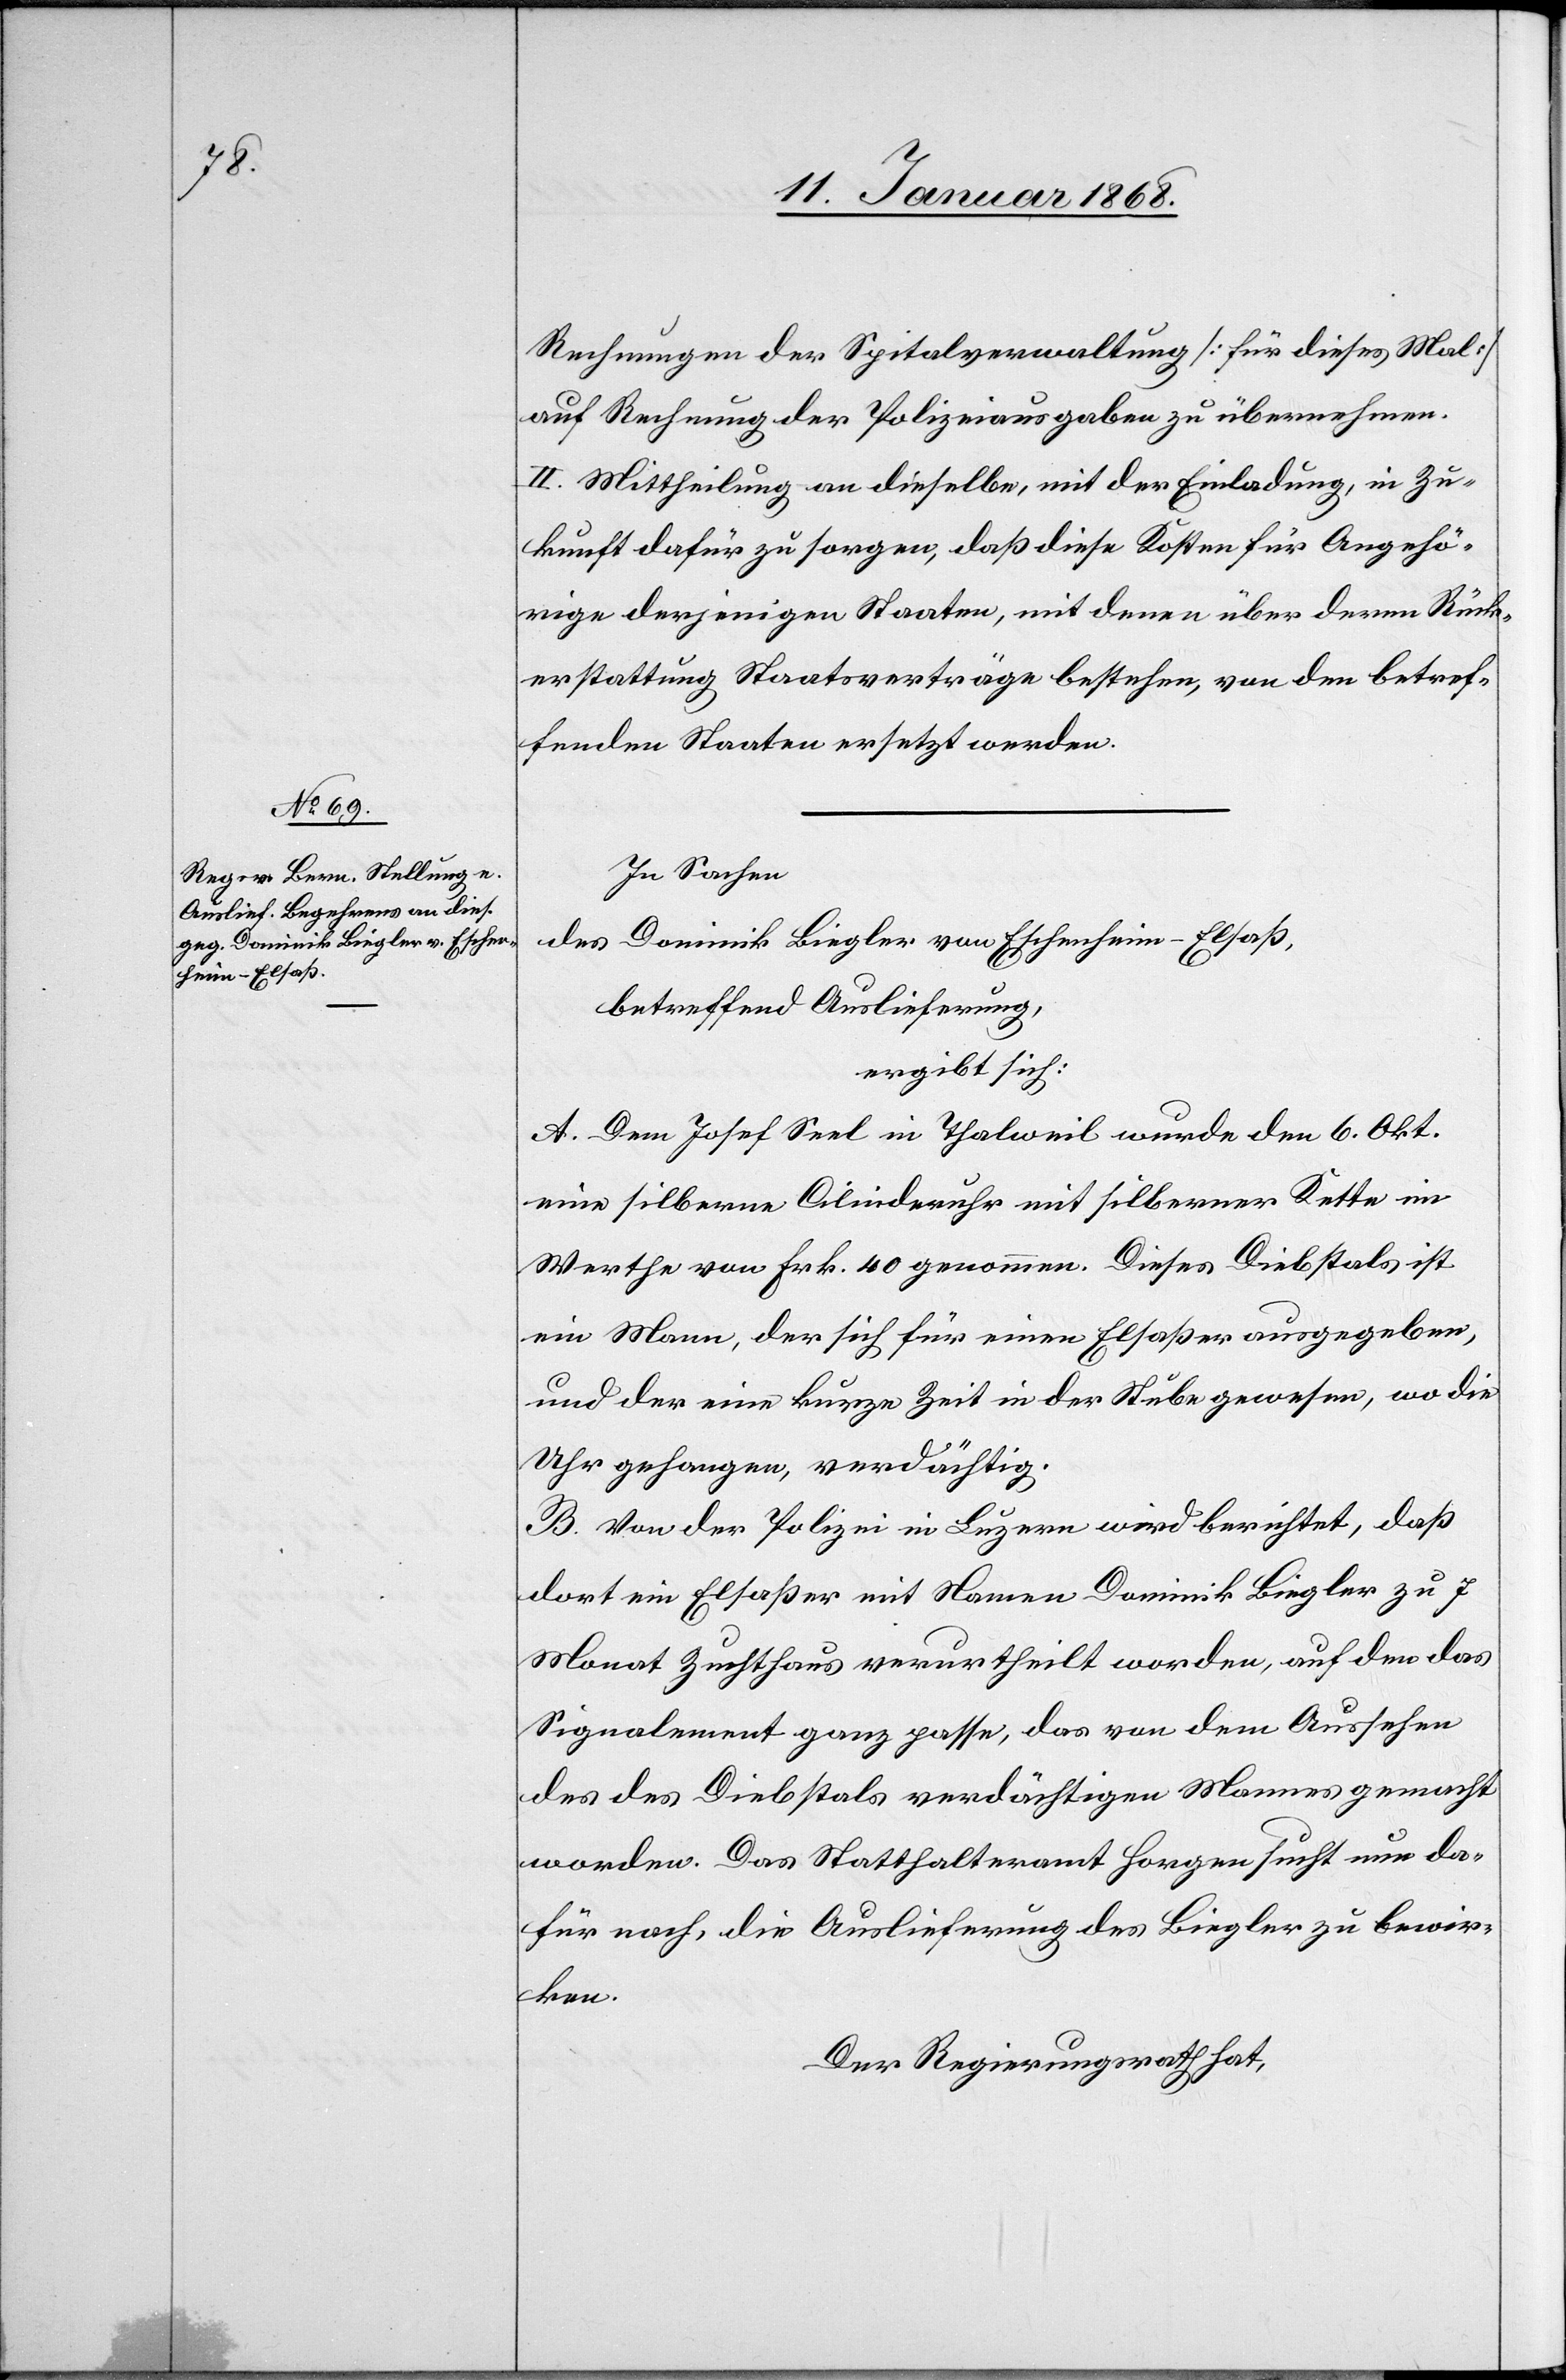
Rechnungen der Spitalverwaltung [für dieses Mal]
auf Rechnung der Polizeiausgaben zu übernehmen.
II. Mittheilung an dieselbe, mit der Einladung, in Zu¬
kunft dafür zu sorgen, daß diese Kosten für Angehö¬
rige derjenigen Staaten, mit denen über deren Rück¬
erstattung Staatsverträge bestehen, von den betref¬
fenden Staaten ersetzt werden.
In Sachen
des Dominik Biegler von Eschenheim-Elsaß,
betreffend Auslieferung,
ergibt sich:
A. Dem Josef Seel in Thalweil wurde den 6. Okt.
eine silberne Cilinderuhr mit silberner Kette im
Werthe von Frk. 40 genommen. Dieses Diebstals ist
ein Mann, der sich für einen Elsaßer ausgegeben,
und der eine kurze Zeit in der Stube gewesen, wo die
Uhr gehangen, verdächtig.
B. Von der Polizei in Luzern wird berichtet, daß
dort ein Elsaßer mit Namen Dominik Biegler zu 7
Monat Zuchthaus verurtheilt worden, auf den das
Signalement ganz passe, das von dem Aussehen
des des Diebstals verdächtigen Mannes gemacht
worden. Das Statthalteramt Horgen sucht nun da¬
für nach, die Auslieferung des Biegler zu bewir¬
ken.
Der Regierungsrath hat,